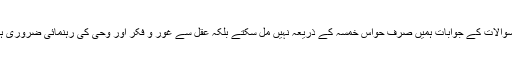
ان سوالات کے جوابات ہمیں صرف حواس خمسہ کے ذریعہ نہیں مل سکتے بلکہ عقل سے غور و فکر اور وحی کی رہنمائی ضروری ہے۔